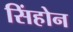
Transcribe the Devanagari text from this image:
सिंहोन